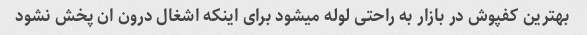
بهترین کفپوش در بازار به راحتی لوله میشود برای اینکه اشغال درون ان پخش نشود